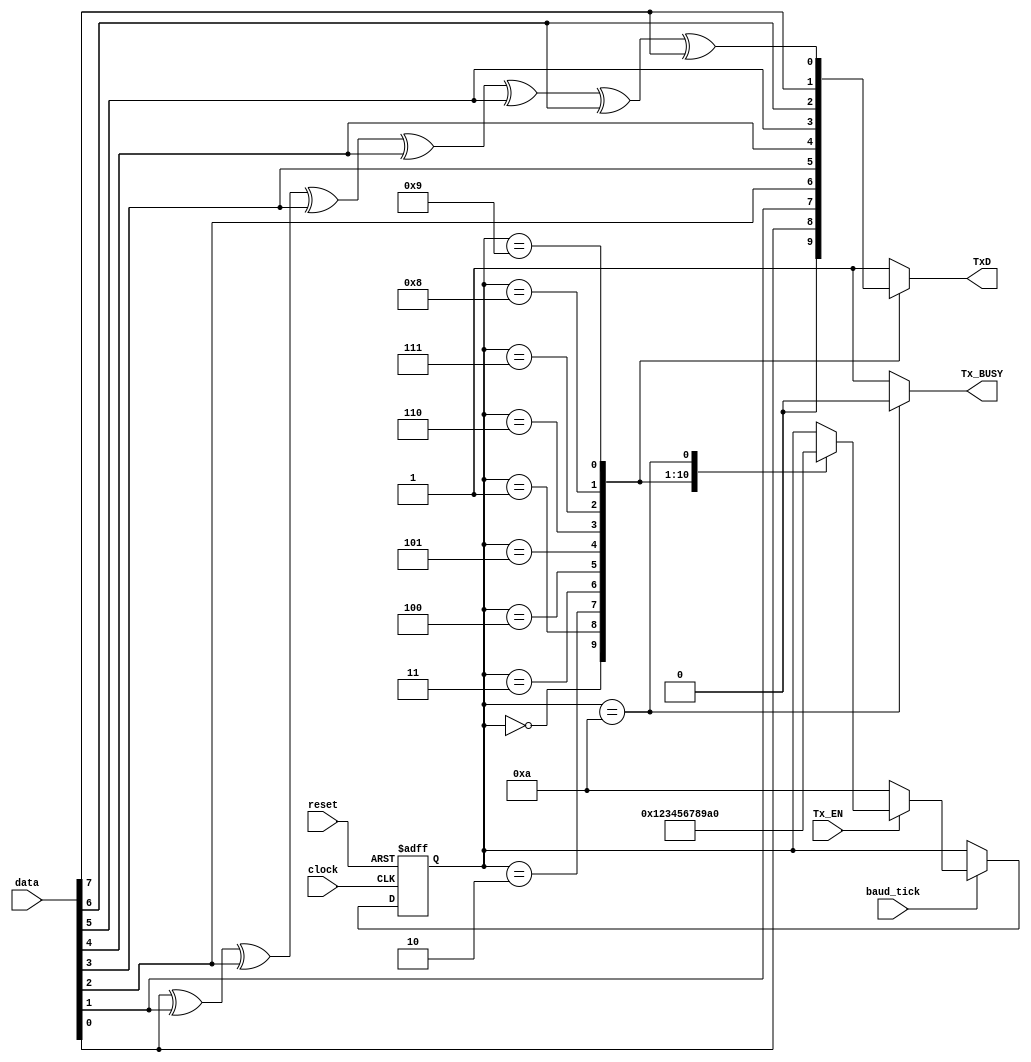
module transmit_module (input reset, input clock, input Tx_EN, output reg Tx_BUSY, input [7:0] data, input baud_tick, output reg TxD);
    reg [3:0] stages;
    parameter state_startBit = 4'h0,
              state_data0    = 4'h1,
              state_data1    = 4'h2,
              state_data2    = 4'h3,
              state_data3    = 4'h4,
              state_data4    = 4'h5,
              state_data5    = 4'h6,
              state_data6    = 4'h7,
              state_data7    = 4'h8,
              state_parity   = 4'h9,
              state_stopBit  = 4'hA;

    //Start stages counter until the transmittion finishes.
    always @(posedge clock or posedge reset) begin
        if (reset) begin
            stages <= state_stopBit;
        end
        else if (baud_tick) begin
            if (Tx_EN) begin
                case (stages)
                    state_startBit: stages <= state_data0;
                    state_data0   : stages <= state_data1;
                    state_data1   : stages <= state_data2;
                    state_data2   : stages <= state_data3;
                    state_data3   : stages <= state_data4;
                    state_data4   : stages <= state_data5;
                    state_data5   : stages <= state_data6;
                    state_data6   : stages <= state_data7;
                    state_data7   : stages <= state_parity;
                    state_parity  : stages <= state_stopBit;
                    state_stopBit : stages <= state_startBit;
                    default: stages <= stages;
                endcase
            end
            else begin
                stages <= state_stopBit;
            end
        end
    end

    //Enable Tx_BUSY signal.
    always @(stages) begin
        if (stages == state_stopBit) begin
            Tx_BUSY = 1'b0;
        end
        else begin
            Tx_BUSY = 1'b1;
        end
    end

    //Changes the output of the transmitter depending on the stage.
    always @(stages or data) begin
        case (stages)
            state_startBit: TxD = 1'b0;
            state_data0   : TxD = data[0];
            state_data1   : TxD = data[1];
            state_data2   : TxD = data[2];
            state_data3   : TxD = data[3];
            state_data4   : TxD = data[4];
            state_data5   : TxD = data[5];
            state_data6   : TxD = data[6];
            state_data7   : TxD = data[7];
            state_parity  : TxD = data[0] ^ data[1] ^ data[2] ^ data[3] ^ data[4] ^ data[5] ^ data[6] ^ data[7]; //parity bit
            state_stopBit : TxD = 1'b1;
            default: TxD = 1'b1;
        endcase
    end

endmodule